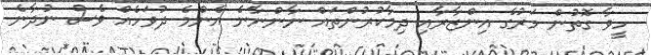
ހީވާ ގޮތުން މަރުގެ އިންޒާރާއި ދިމާކުރުންތައް ނާންނާނެ އެންމެ ދުވަހެއް ވެސް ނުދާނެ